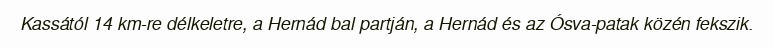
Kassától 14 km-re délkeletre, a Hernád bal partján, a Hernád és az Ósva-patak közén fekszik.